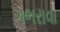
ગભરાવા